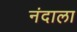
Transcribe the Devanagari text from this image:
नंदाला